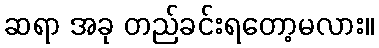
ဆရာ အခု တည်ခင်းရတော့မလား။